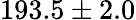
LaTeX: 193.5\pm 2.0